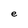
Character: e